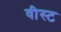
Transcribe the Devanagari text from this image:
वीस्ट